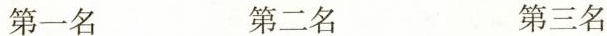
第一名 第二名 第三名